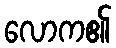
လောက၏